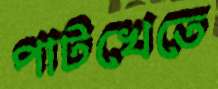
পাটখেতে